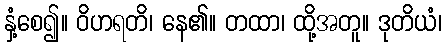
နှံ့စေ၍။ ဝိဟရတိ၊ နေ၏။ တထာ၊ ထို့အတူ။ ဒုတိယံ၊